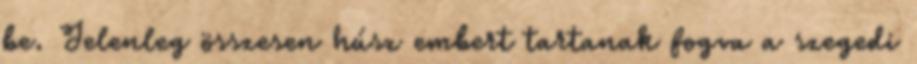
be. Jelenleg összesen húsz embert tartanak fogva a szegedi